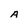
Character: A